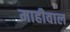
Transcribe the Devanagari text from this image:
माहीवाल